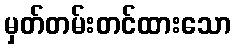
မှတ်တမ်းတင်ထားသော